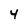
Character: 4